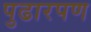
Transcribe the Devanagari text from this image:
पुढारपण